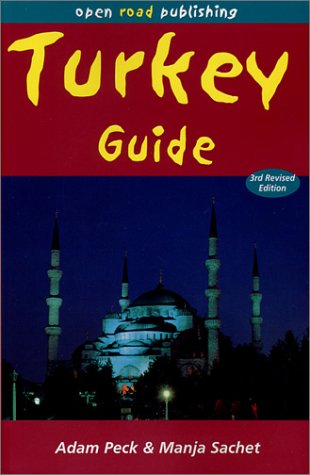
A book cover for Turkey Guide, Third Edition; Adam Peck; Travel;